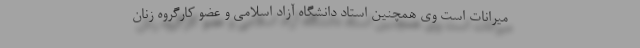
میرانات است وی همچنین استاد دانشگاه آزاد اسلامی و عضو کارگروه زنان